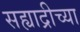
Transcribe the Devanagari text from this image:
सह्याद्रीच्‍या